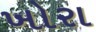
ખોરા